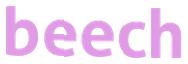
beech